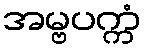
အမ္ဗပက္ကံ